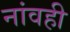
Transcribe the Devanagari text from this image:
नांवही